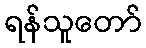
ရန်သူတော်